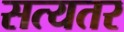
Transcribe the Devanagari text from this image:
सत्यतर